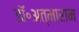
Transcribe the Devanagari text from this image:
डॉ॰अत्माराम